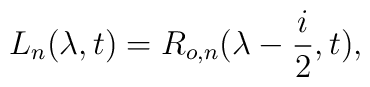
L_n(\lambda ,t) = R_{o,n}(\lambda -\frac{i}{2},t),